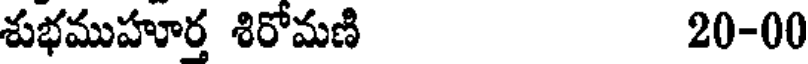
శుభముహూర్త శిరోమణి 20-00